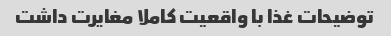
توضیحات غذا با واقعیت کاملا مغایرت داشت